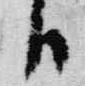
日